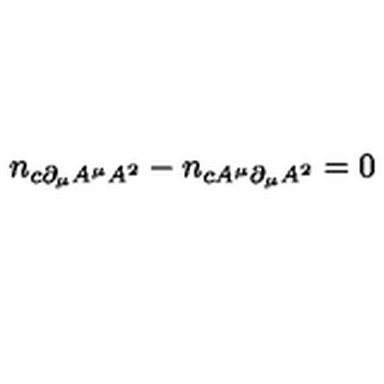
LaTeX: n _ { c \partial _ { \mu } A ^ { \mu } A ^ { 2 } } - n _ { c A ^ { \mu } \partial _ { \mu } A ^ { 2 } } = 0